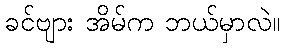
ခင်ဗျား အိမ်က ဘယ်မှာလဲ။